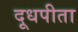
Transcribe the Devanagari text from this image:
दूधपीता